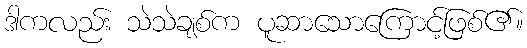
ဒါကလည်း သဲသဲချစ်က ပူဆာသောကြောင့်ဖြစ်၏။